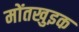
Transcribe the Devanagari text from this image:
मोंतखुइक